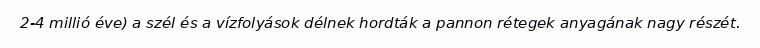
2-4 millió éve) a szél és a vízfolyások délnek hordták a pannon rétegek anyagának nagy részét.